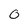
Character: 0